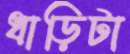
ধাড়িটা